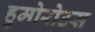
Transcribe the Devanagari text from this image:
हुमोरोउस